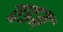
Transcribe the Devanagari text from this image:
वडम